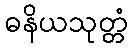
ဓနိယသုတ္တံ